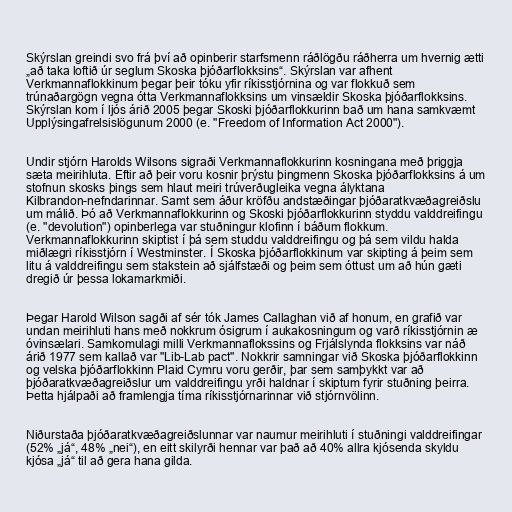
Skýrslan greindi svo frá því að opinberir starfsmenn ráðlögðu ráðherra um hvernig ætti
„að taka loftið úr seglum Skoska þjóðarflokksins“. Skýrslan var afhent
Verkmannaflokkinum þegar þeir tóku yfir ríkisstjórnina og var flokkuð sem
trúnaðargögn vegna ótta Verkmannaflokksins um vinsældir Skoska þjóðarflokksins.
Skýrslan kom í ljós árið 2005 þegar Skoski þjóðarflokkurinn bað um hana samkvæmt
Upplýsingafrelsislögunum 2000 (e. "Freedom of Information Act 2000").

Undir stjórn Harolds Wilsons sigraði Verkmannaflokkurinn kosningana með þriggja
sæta meirihluta. Eftir að þeir voru kosnir þrýstu þingmenn Skoska þjóðarflokksins á um
stofnun skosks þings sem hlaut meiri trúverðugleika vegna ályktana
Kilbrandon-nefndarinnar. Samt sem áður kröfðu andstæðingar þjóðaratkvæðagreiðslu
um málið. Þó að Verkmannaflokkurinn og Skoski þjóðarflokkurinn styddu valddreifingu
(e. "devolution") opinberlega var stuðningur klofinn í báðum flokkum.
Verkmannaflokkurinn skiptist í þá sem studdu valddreifingu og þá sem vildu halda
miðlægri ríkisstjórn í Westminster. Í Skoska þjóðarflokkinum var skipting á þeim sem
litu á valddreifingu sem stakstein að sjálfstæði og þeim sem óttust um að hún gæti
dregið úr þessa lokamarkmiði.

Þegar Harold Wilson sagði af sér tók James Callaghan við af honum, en grafið var
undan meirihluti hans með nokkrum ósigrum í aukakosningum og varð ríkisstjórnin æ
óvinsælari. Samkomulagi milli Verkmannaflokssins og Frjálslynda flokksins var náð
árið 1977 sem kallað var "Lib-Lab pact". Nokkrir samningar við Skoska þjóðarflokkinn
og velska þjóðarflokkinn Plaid Cymru voru gerðir, þar sem samþykkt var að
þjóðaratkvæðagreiðslur um valddreifingu yrði haldnar í skiptum fyrir stuðning þeirra.
Þetta hjálpaði að framlengja tíma ríkisstjórnarinnar við stjórnvölinn.

Niðurstaða þjóðaratkvæðagreiðslunnar var naumur meirihluti í stuðningi valddreifingar
(52% „já“, 48% „nei“), en eitt skilyrði hennar var það að 40% allra kjósenda skyldu
kjósa „já“ til að gera hana gilda.